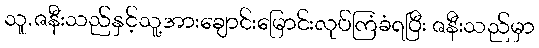
သူ.ဇနီးသည်နှင့်သူ့အားချောင်းမြောင်းလုပ်ကြံခံရပြီး ဇနီးသည်မှာ